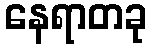
နေရာတခု